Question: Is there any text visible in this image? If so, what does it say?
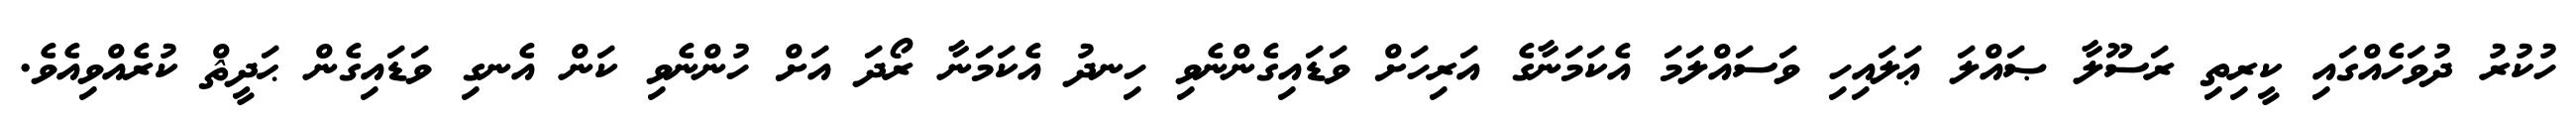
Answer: ހުކުރު ދުވަހެއްގައި ކީރިތި ރަސޫލާ ޞައްލަ ޢަލައިހި ވަސައްލަމަ އެކަމަނާގެ އަރިހަށް ވަޑައިގެންނެވި ހިނދު އެކަމަނާ ރޯދަ އަށް ހުންނެވި ކަން އެނގި ވަޑައިގެން ޙަދީޘް ކުރެއްވިއެވެ.